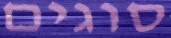
סוגים